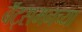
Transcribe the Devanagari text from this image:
बॅट्समनच्या